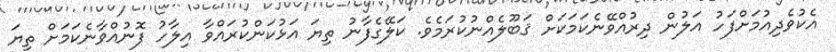
އެކުވެދިއުމަށްފަހު އަލުން ދިރުއްވޭނެކަމަކަށް ޤަބޫލެއްނުކުރަމެވެ. ކަލޭގެފާނު ތިޔަ އަޅުކަންކުރައްވާ އިލާހު ފޮނުއްވާނެކަމަށް ތިޔަ